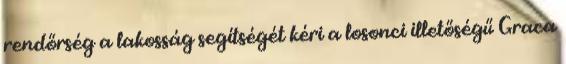
rendőrség a lakosság segítségét kéri a losonci illetőségű Graca